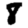
Digit: 8